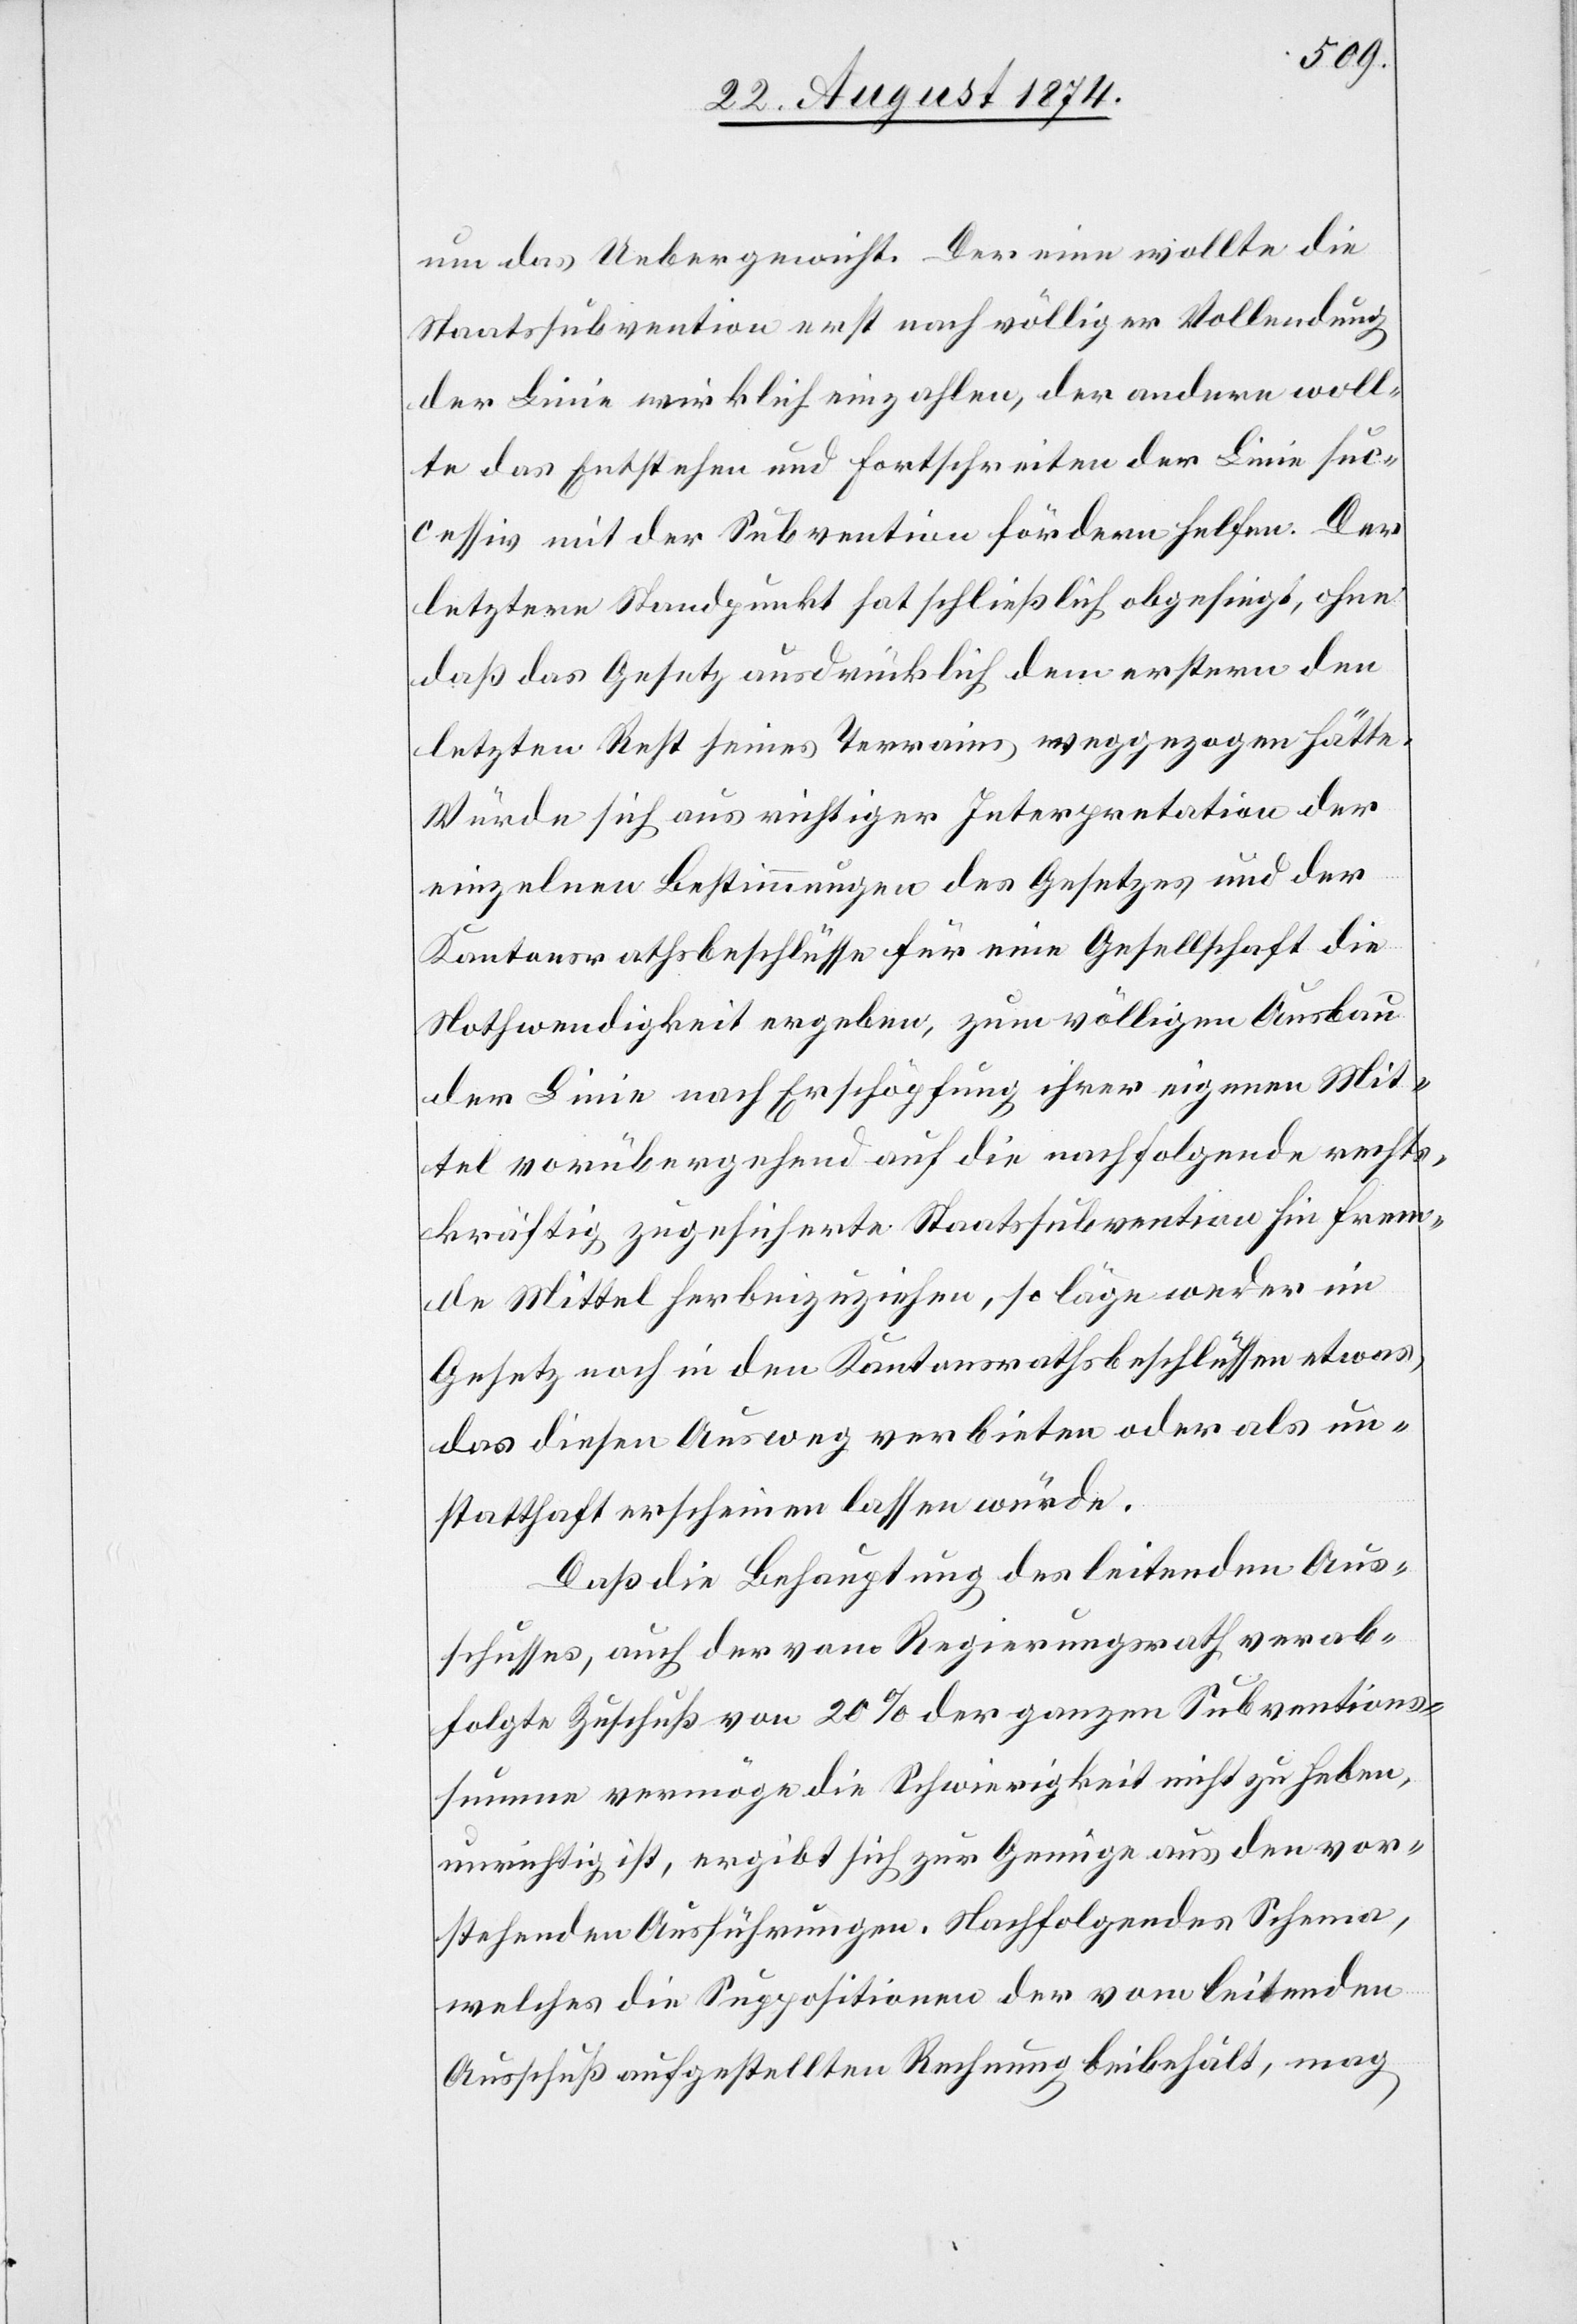
um das Uebergewicht. Der eine wollte die
Staatssubvention erst nach völliger Vollendung
der Linie wirklich einzahlen, der andere woll¬
te das Entstehen und Fortschreiten der Linie suc¬
cessiv mit der Subvention fördern helfen. Der
letztere Standpunkt hat schließlich obgesiegt, ohne
daß das Gesetz ausdrücklich dem erstern den
letzten Rest seines Terrains weggezogen hätte.
Würde sich aus richtiger Interpretation der
einzelnen Bestimmungen des Gesetzes und der
Kantonsrathsbeschlüsse für eine Gesellschaft die
Nothwendigkeit ergeben, zum völligen Ausbau
der Linie nach Erschöpfung ihrer eigenen Mit¬
tel vorübergehend auf die nachfolgende rechts¬
kräftig zugesicherte Staatssubvention hin frem¬
de Mittel herbeizuziehen, so länge weder im
Gesetz noch in den Kantonsrathsbeschlüssen etwas,
das diesen Ausweg verbieten oder als un¬
statthaft erscheinen lassen würde.
Daß die Behauptung des leitenden Aus¬
schusses, auch der vom Regierungsrath verab¬
folgte Zuschuß von 20% der ganzen Subventions¬
summe vermöge die Schwierigkeit nicht zu heben,
unrichtig ist, ergibt sich zur Genüge aus den vor¬
stehenden Ausführungen. Nachfolgendes Schema,
welches die Suppositionen der vom leitenden
Ausschuß aufgestellten Rechnung beibehält, mag